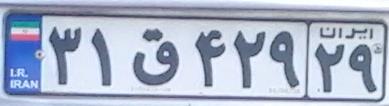
۳۱ق۴۲۹۲۹